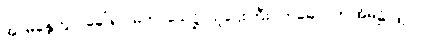
အာမန္တေတွာ၊ ခေါ်၍။ မဟာသေဋ္ဌိ၊ သူဌေးကြီး။ ဣဓေဝ၊ ဤအိမ်၌လျှင်။